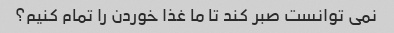
نمی توانست صبر کند تا ما غذا خوردن را تمام کنیم؟